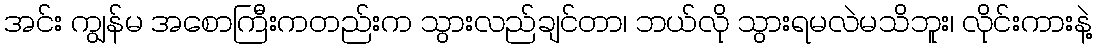
အင်း ကျွန်မ အစောကြီးကတည်းက သွားလည်ချင်တာ၊ ဘယ်လို သွားရမလဲမသိဘူး၊ လိုင်းကားနဲ့